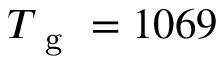
T _ { \mathrm { ~ g ~ } } = 1 0 6 9